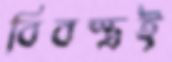
বিবস্ত্রই